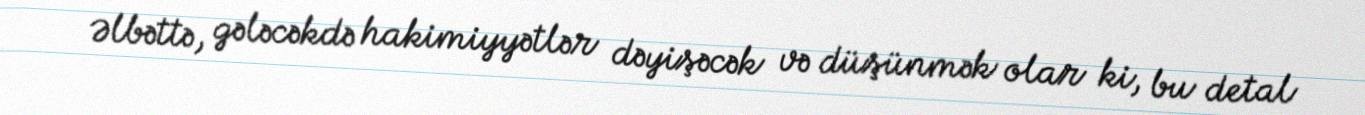
Əlbəttə, gələcəkdə hakimiyyətlər dəyişəcək və düşünmək olar ki, bu detal